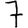
Digit: 7